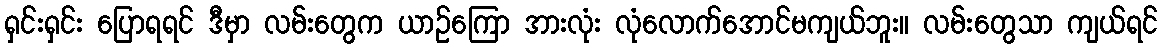
ရှင်းရှင်း ပြောရရင် ဒီမှာ လမ်းတွေက ယာဉ်ကြော အားလုံး လုံလောက်အောင်မကျယ်ဘူး။ လမ်းတွေသာ ကျယ်ရင်